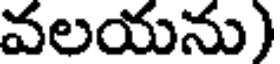
వలయను)